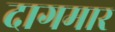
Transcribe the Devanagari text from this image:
दागमार